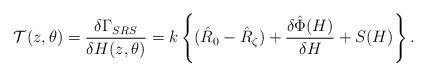
LaTeX: \begin{align*}{\cal T}(z,\theta)=\frac{\delta\Gamma_{SRS}}{\delta H(z,\theta)}=k\left\{(\hat R_{0}-\hat R_{\zeta})+\frac{\delta\hat\Phi(H)}{\delta H}+S(H)\right\}.\end{align*}